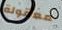
معقولة